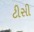
ટીસી